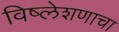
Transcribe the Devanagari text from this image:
विष्लेशणाचा